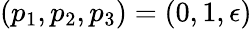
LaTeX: (p_{1},p_{2},p_{3})=(0,1,\epsilon)